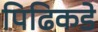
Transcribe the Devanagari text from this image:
पिढिकडे